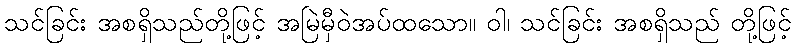
သင်ခြင်း အစရှိသည်တို့ဖြင့် အမြဲမှီဝဲအပ်ထသော။ ဝါ၊ သင်ခြင်း အစရှိသည် တို့ဖြင့်